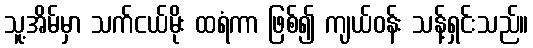
သူ့အိမ်မှာ သက်ငယ်မိုး ထရံကာ ဖြစ်၍ ကျယ်ဝန်း သန့်ရှင်းသည်။